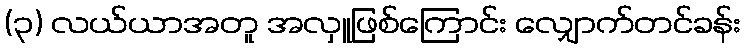
(၃) လယ်ယာအတူ အလှူဖြစ်ကြောင်း လျှောက်တင်ခန်း